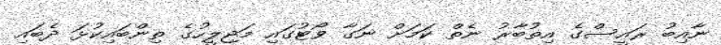
ނާއިބު ރައީސްގެ އިތުބާރު ނެތް ކަމަށް ނަގާ ވޯޓުގައި މަޖިލީހުގެ ތިންބައިކުޅަ ދެބައި